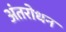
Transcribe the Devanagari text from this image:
अंतरोधन